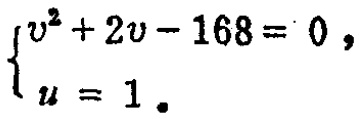
$\begin{cases}

v^{2}+2v - 168 = 0,\\

u = 1.

\end{cases}$